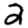
Digit: 2